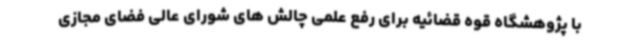
با پژوهشگاه قوه قضائیه برای رفع علمی چالش های شورای عالی فضای مجازی